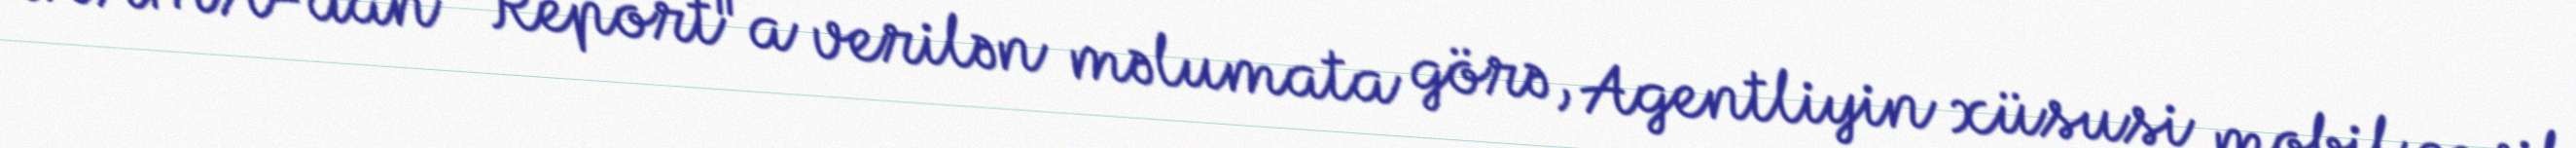
ANAMA-dan "Report"a verilən məlumata görə, Agentliyin xüsusi mobil çevik